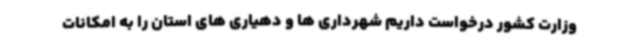
وزارت کشور درخواست داریم شهرداری ها و دهیاری های استان را به امکانات